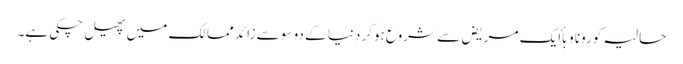
حالیہ کورونا وبأ ایک مریض سے شروع ہوکر دنیا کے دو سو سے زائد ممالک میں پھیل چکی ہے۔